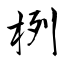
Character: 栵